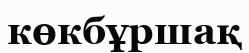
көкбұршақ